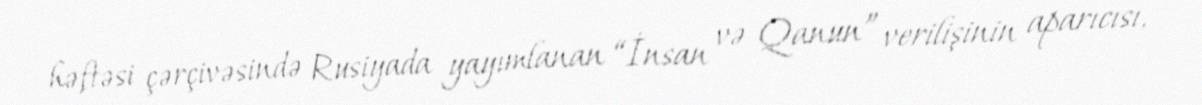
həftəsi çərçivəsində Rusiyada yayımlanan “İnsan və Qanun” verilişinin aparıcısı,